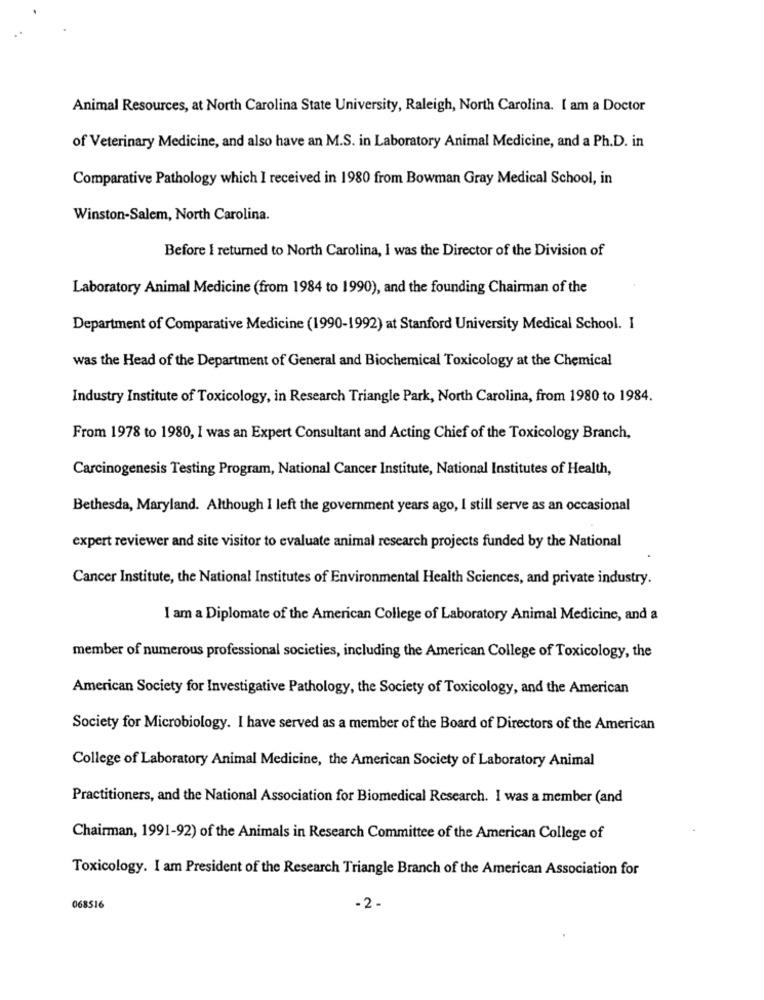
Animal Resources, at North Carolina State University, Raleigh, North Carolina. I am a Doctor
of Veterinary Medicine, and also have an M.S. in Laboratory Animal Medicine, and a Ph.D. in
Comparative Pathology which I received in 1980 from Bowman Gray Medical School, in
Winston-Salem, North Carolina.
Before I returned to North Carolina, I was the Director of the Division of
Laboratory Animal Medicine (from 1984 to 1990), and the founding Chairman of the
Department of Comparative Medicine (1990-1992) at Stanford University Medical School. I
was the Head of the Department of General and Biochemical Toxicology at the Chemical
Industry Institute of Toxicology, in Research Triangle Park, North Carolina, from 1980 to 1984.
From 1978 to 1980, I was an Expert Consultant and Acting Chief of the Toxicology Branch,
Carcinogenesis Testing Program, National Cancer Institute, National Institutes of Health,
Bethesda, Maryland. Although I left the government years ago, I still serve as an occasional
expert reviewer and site visitor to evaluate animal research projects funded by the National
Cancer Institute, the National Institutes of Environmental Health Sciences, and private industry.
I am a Diplomate of the American College of Laboratory Animal Medicine, and a
member of numerous professional societies, including the American College of Toxicology, the
American Society for Investigative Pathology, the Society of Toxicology, and the American
Society for Microbiology. I have served as a member of the Board of Directors of the American
College of Laboratory Animal Medicine, the American Society of Laboratory Animal
Practitioners, and the National Association for Biomedical Research. I was a member (and
Chairman, 1991-92) of the Animals in Research Committee of the American College of
Toxicology. I am President of the Research Triangle Branch of the American Association for
068516
- 2.